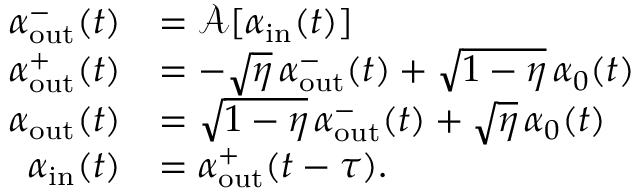
\begin{array} { r l } { \alpha _ { \mathrm { o u t } } ^ { - } ( t ) } & { = \mathcal { A } [ \alpha _ { \mathrm { i n } } ( t ) ] } \\ { \alpha _ { \mathrm { o u t } } ^ { + } ( t ) } & { = - \sqrt { \eta } \, \alpha _ { \mathrm { o u t } } ^ { - } ( t ) + \sqrt { 1 - \eta } \, \alpha _ { 0 } ( t ) } \\ { \alpha _ { \mathrm { o u t } } ( t ) } & { = \sqrt { 1 - \eta } \, \alpha _ { \mathrm { o u t } } ^ { - } ( t ) + \sqrt { \eta } \, \alpha _ { 0 } ( t ) } \\ { \alpha _ { \mathrm { i n } } ( t ) } & { = \alpha _ { \mathrm { o u t } } ^ { + } ( t - \tau ) . } \end{array}